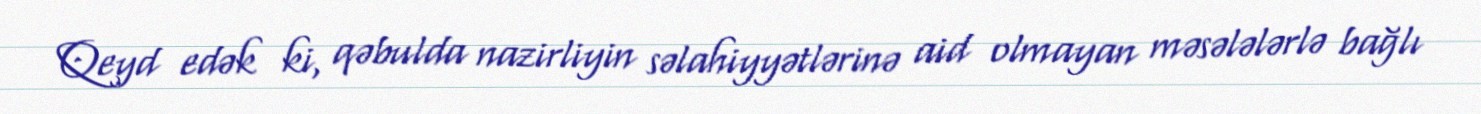
Qeyd edək ki, qəbulda nazirliyin səlahiyyətlərinə aid olmayan məsələlərlə bağlı